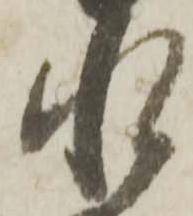
水